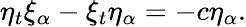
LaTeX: \eta_{t}\xi_{\alpha}-\xi_{t}\eta_{\alpha}=-c\eta_{\alpha}.